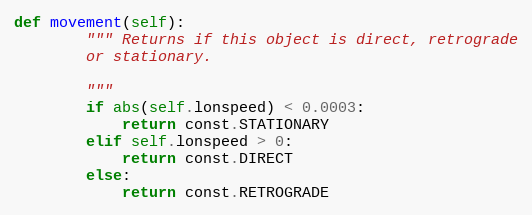
Language: Python
def movement(self):
        """ Returns if this object is direct, retrograde
        or stationary.

        """
        if abs(self.lonspeed) < 0.0003:
            return const.STATIONARY
        elif self.lonspeed > 0:
            return const.DIRECT
        else:
            return const.RETROGRADE